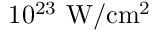
1 0 ^ { 2 3 } \ \mathrm { W / c m ^ { 2 } }